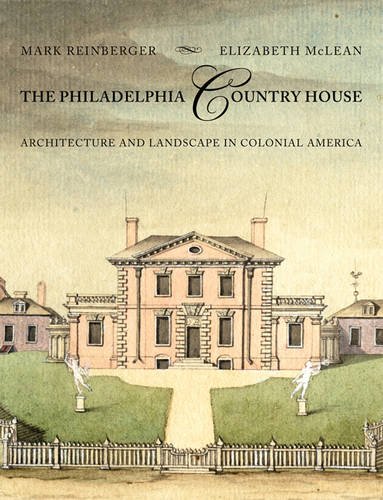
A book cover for The Philadelphia Country House: Architecture and Landscape in Colonial America; Mark E. Reinberger; History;